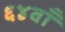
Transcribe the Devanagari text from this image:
६४वाँ